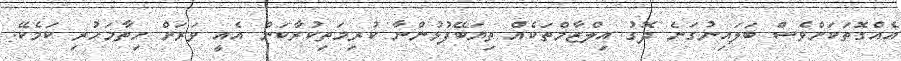
އެއްގޮތަކަށްވެސް ބަލައިނުގަނެ ދޮގު އިލްޒާމްތަކެއް ތިޔަބޭފުޅުންނާ ކުރިމަތިކުރާކަން އެއީ ވަރަށް ހިތާމަހުރި ކަމެކޭ.